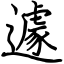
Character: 遽